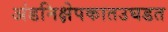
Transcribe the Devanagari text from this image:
अंडनिक्षेपकातउघडत